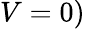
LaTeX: V=0)